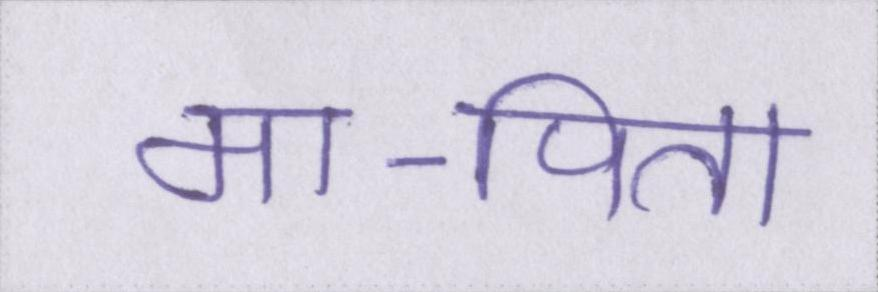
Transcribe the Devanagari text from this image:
मा-पिता